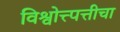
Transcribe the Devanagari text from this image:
विश्वोत्त्पत्तीचा